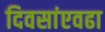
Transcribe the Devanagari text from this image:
दिवसांएवढा